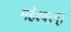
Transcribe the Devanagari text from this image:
महेश्वरम्।